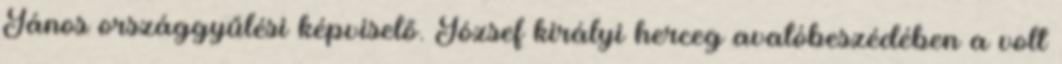
János országgyűlési képviselő. József királyi herceg avatóbeszédében a volt